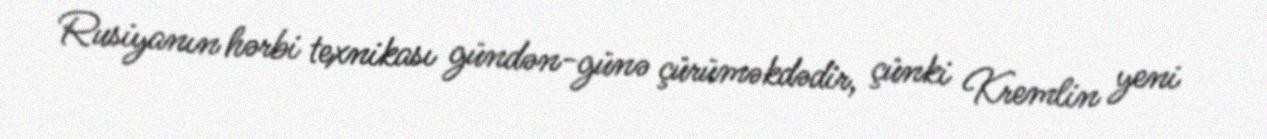
Rusiyanın hərbi texnikası gündən-günə çürüməkdədir, çünki Kremlin yeni